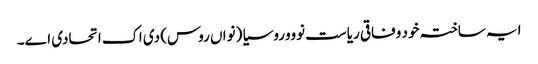
ایہ ساختہ خود وفاقی ریاست نوووروسیا (نواں روس) دی اک اتحادی اے۔